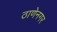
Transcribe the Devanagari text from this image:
ठाणेनगर